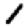
Digit: 1